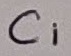
Text: C1